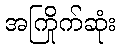
အကြိုက်ဆုံး